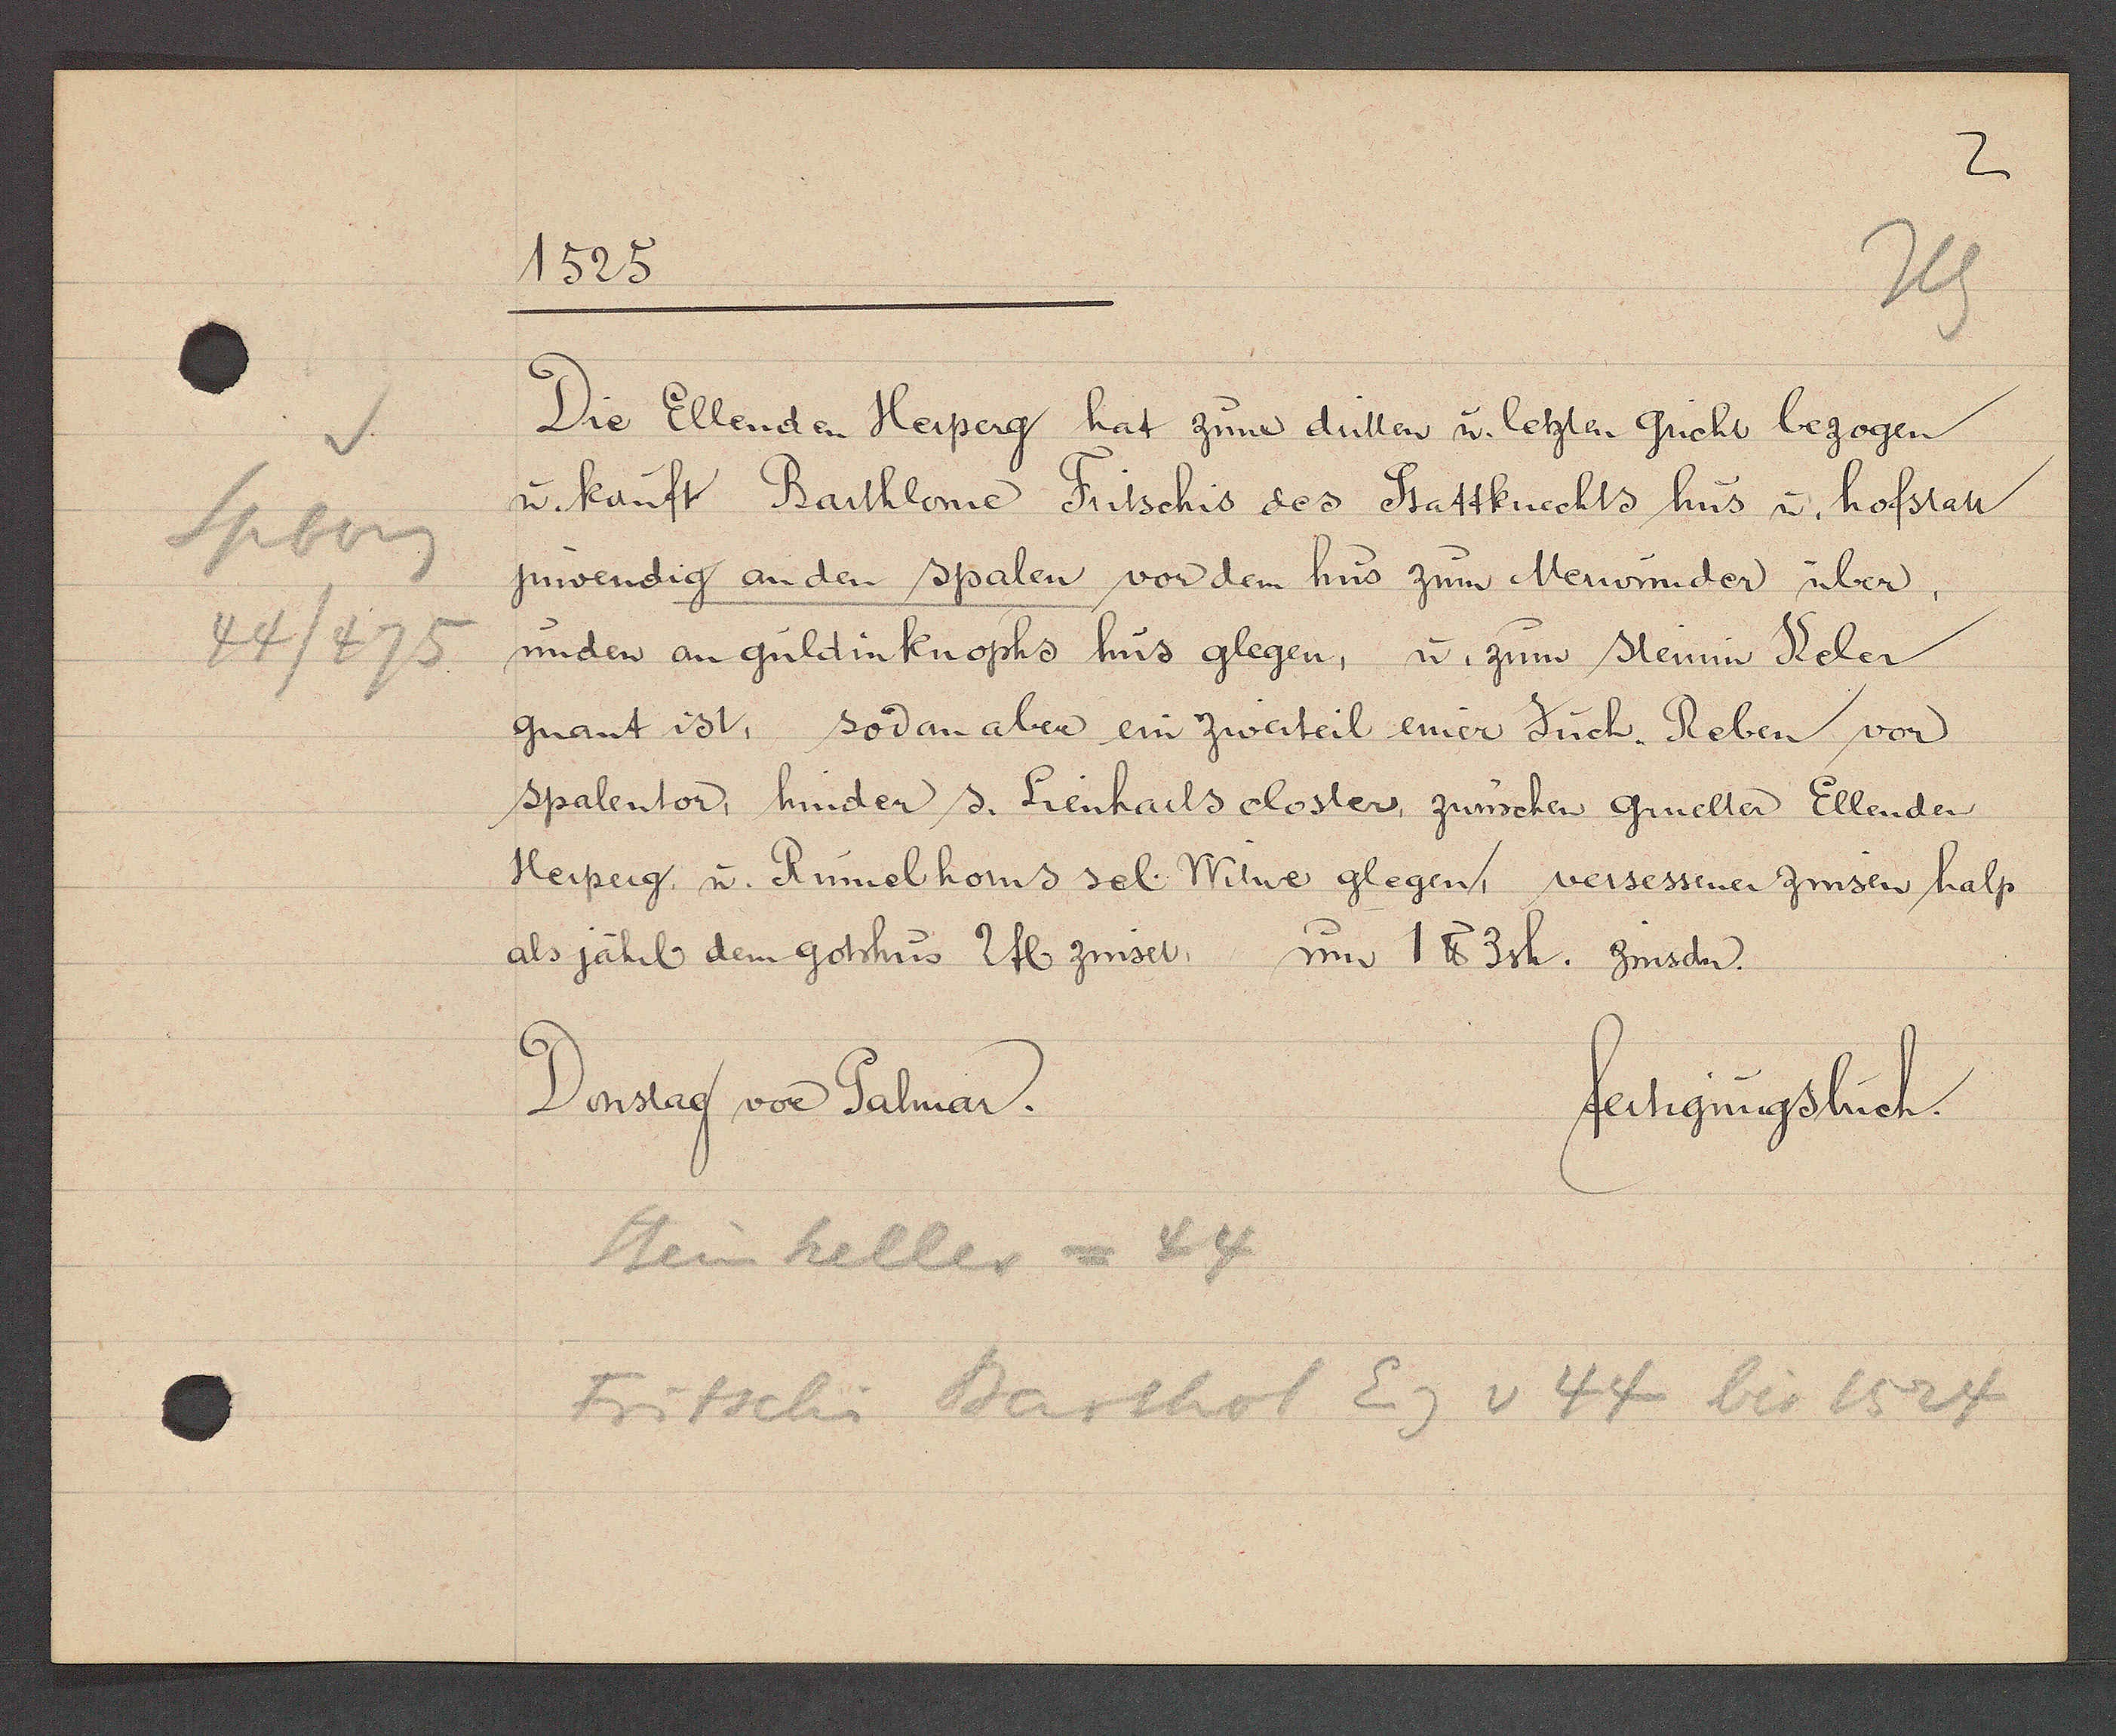
Transcript:
Spberg
44/475

1525

Die Ellenden Herperg hat zum dritten u. letzten Gricht bezogen
u. kauft Barthlone Fritschis des Stattknechts hus u. hofstatt
jnwendig an den spalen vor dem hus zum Merwinder über,
unden an guldinknophs hus glegen, u. zum steinin Keler

gnant ist, sodan aber ein zweiteil einer Juch. Reben von
spalentor, hinder s. Lienharls closter, zwüschen gmelter Ellender
Herperg, u. Rumelhoms sel. Witwe glegen, versessener zinsen halp
als jährl dem gotshus 2 fl zinset, um 1 ℔ 3sh. zinsdn.

Donstag von Palmar.
fertigungsbuch.

Steinkeller = 44
Fritschi Barthol Eig v 44 bis 1524